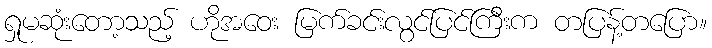
ရှုမဆုံးတော့သည့် ဟိုအဝေး မြက်ခင်းလွင်ပြင်ကြီးက တပြန့်တပြော။